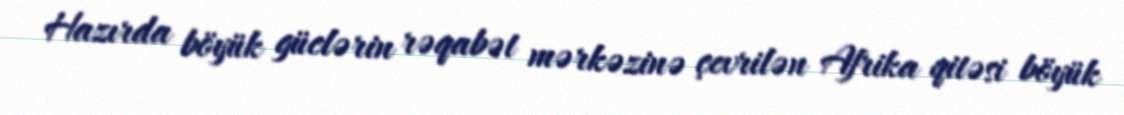
Hazırda böyük güclərin rəqabət mərkəzinə çevrilən Afrika qitəsi böyük